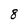
Character: 8